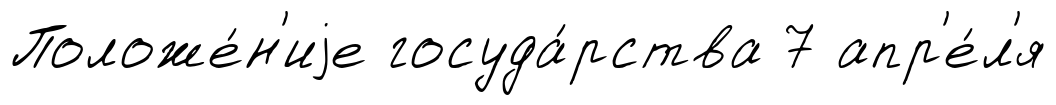
Положе́н'иjе госуда́рства 7 апр'е́л'я